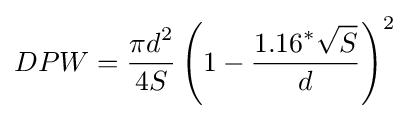
DPW={\frac {\displaystyle \pi d^{2}}{4S}}\left(1-{\frac {\displaystyle 1.16^{*}{\sqrt {S}}}{d}}\right)^{2}